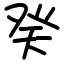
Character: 癸